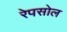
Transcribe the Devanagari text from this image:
रेपसोल